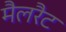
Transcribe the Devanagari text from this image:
मैलरैट